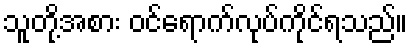
သူတို့အစား ဝင်ရောက်လုပ်ကိုင်ရသည်။